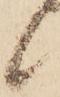
候